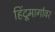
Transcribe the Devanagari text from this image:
हिंदूमार्गावर